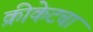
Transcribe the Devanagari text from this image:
क्रीकेटचा